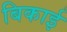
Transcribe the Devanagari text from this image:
बिकाई